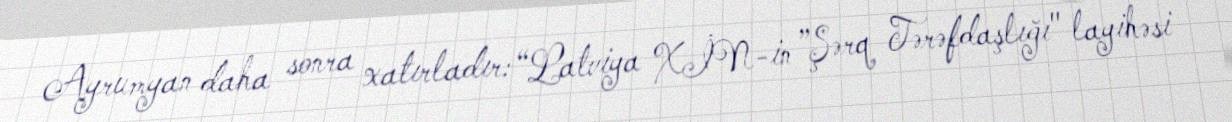
Ayrumyan daha sonra xatırladır: “Latviya XİN-in ”Şərq Tərəfdaşlığı" layihəsi